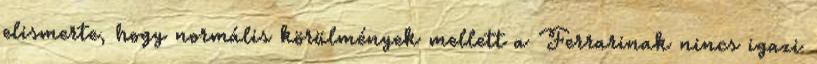
elismerte, hogy normális körülmények mellett a Ferrarinak nincs igazi